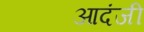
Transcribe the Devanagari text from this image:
आदंजी